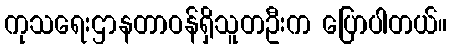
ကုသရေးဌာနတာဝန်ရှိသူတဦးက ပြောပါတယ်။